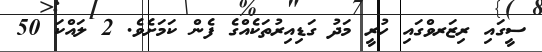
ސީގައި ރިޒަރވްގައި ހުރީ މަދު ގަޑިއިރުތަކެއްގެ ފެން ކަމަށެވެ. 2 ލައްކަ 50